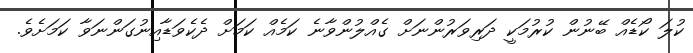
ކުލަ ކޯޑެއް ބޭނުން ކުރުމަކީ ދަރިވަރުންނަށް ގެއްލުންވާނެ ކަމެއް ކަމަށް ދެކެވަޑާއިނުގަންނަވާ ކަމަށެވެ.